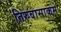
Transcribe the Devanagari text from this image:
तिरुवासाकम